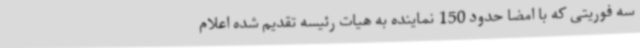
سه فوریتی که با امضا حدود 150 نماینده به هیات رئیسه تقدیم شده اعلام